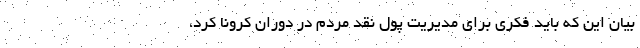
بیان این که باید فکری برای مدیریت پول نقد مردم در دوران کرونا کرد،